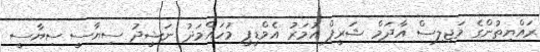
ރައްޔިތުންގެ މަޖިލިސް އާދަމް ޝަރީފް އުމަރު އެމްޑީޕީ މުހައްމަދު ނަޝީދު ސިޔާސީ ސިޔާސީ